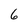
Character: 6